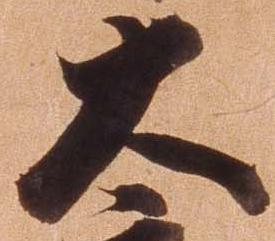
大